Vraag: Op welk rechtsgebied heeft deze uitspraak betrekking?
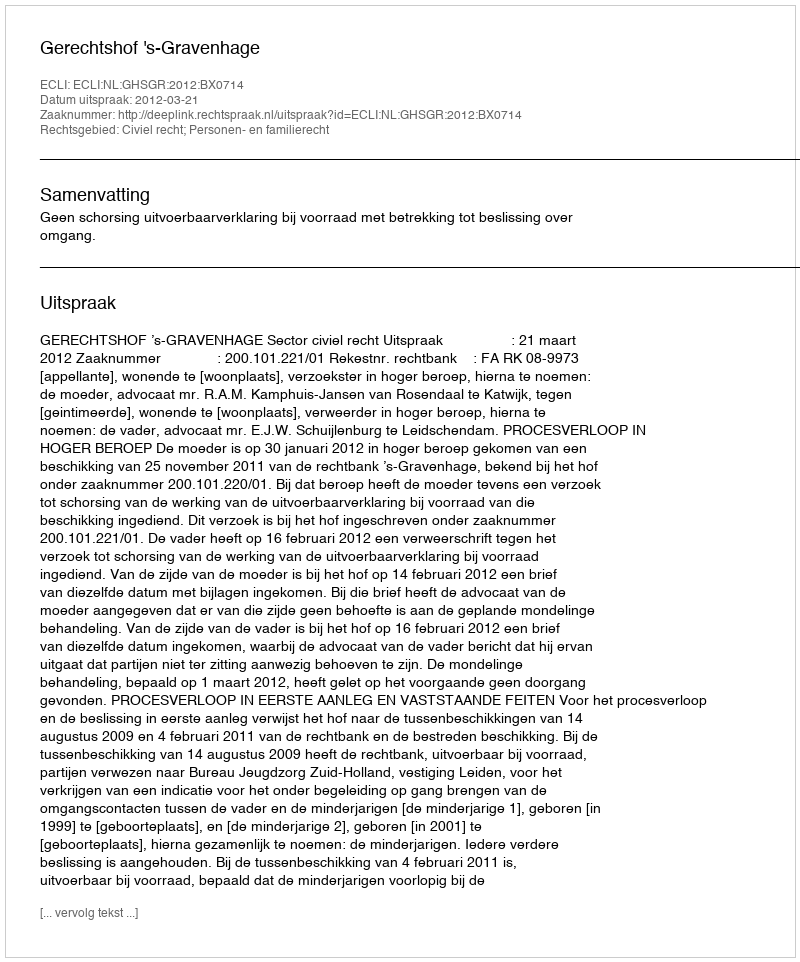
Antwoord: Civiel recht; Personen- en familierecht